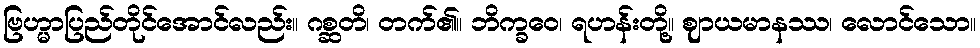
ဗြဟ္မာပြည်တိုင်အောင်လည်း။ ဂစ္ဆတိ၊ တက်၏။ ဘိက္ခဝေ၊ ရဟန်းတို့။ ဈာယမာနဿ၊ လောင်သော။